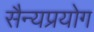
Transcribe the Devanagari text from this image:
सैन्यप्रयोग